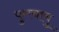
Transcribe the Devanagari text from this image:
फुरचाचु